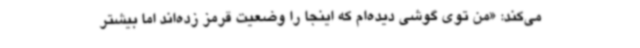
می‌کند: «من توی گوشی دیده‌ام که اینجا را وضعیت قرمز زده‌اند اما بیشتر